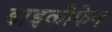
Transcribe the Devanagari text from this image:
डाइकोफेन